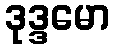
ဒုဒ္ဒမော